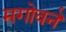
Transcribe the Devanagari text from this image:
मगोवर्न